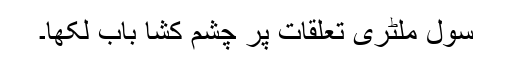
سول ملٹری تعلقات پر چشم کشا باب لکھا۔